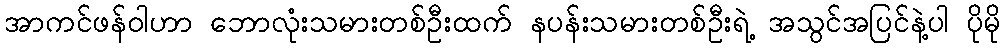
အာကင်ဖန်ဝါဟာ ဘောလုံးသမားတစ်ဦးထက် နပန်းသမားတစ်ဦးရဲ့ အသွင်အပြင်နဲ့ပါ ပိုမို